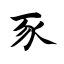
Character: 豕